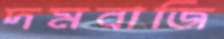
দমবাজি